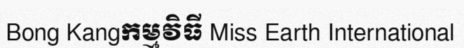
Bong Kangកម្មវិធី Miss Earth International